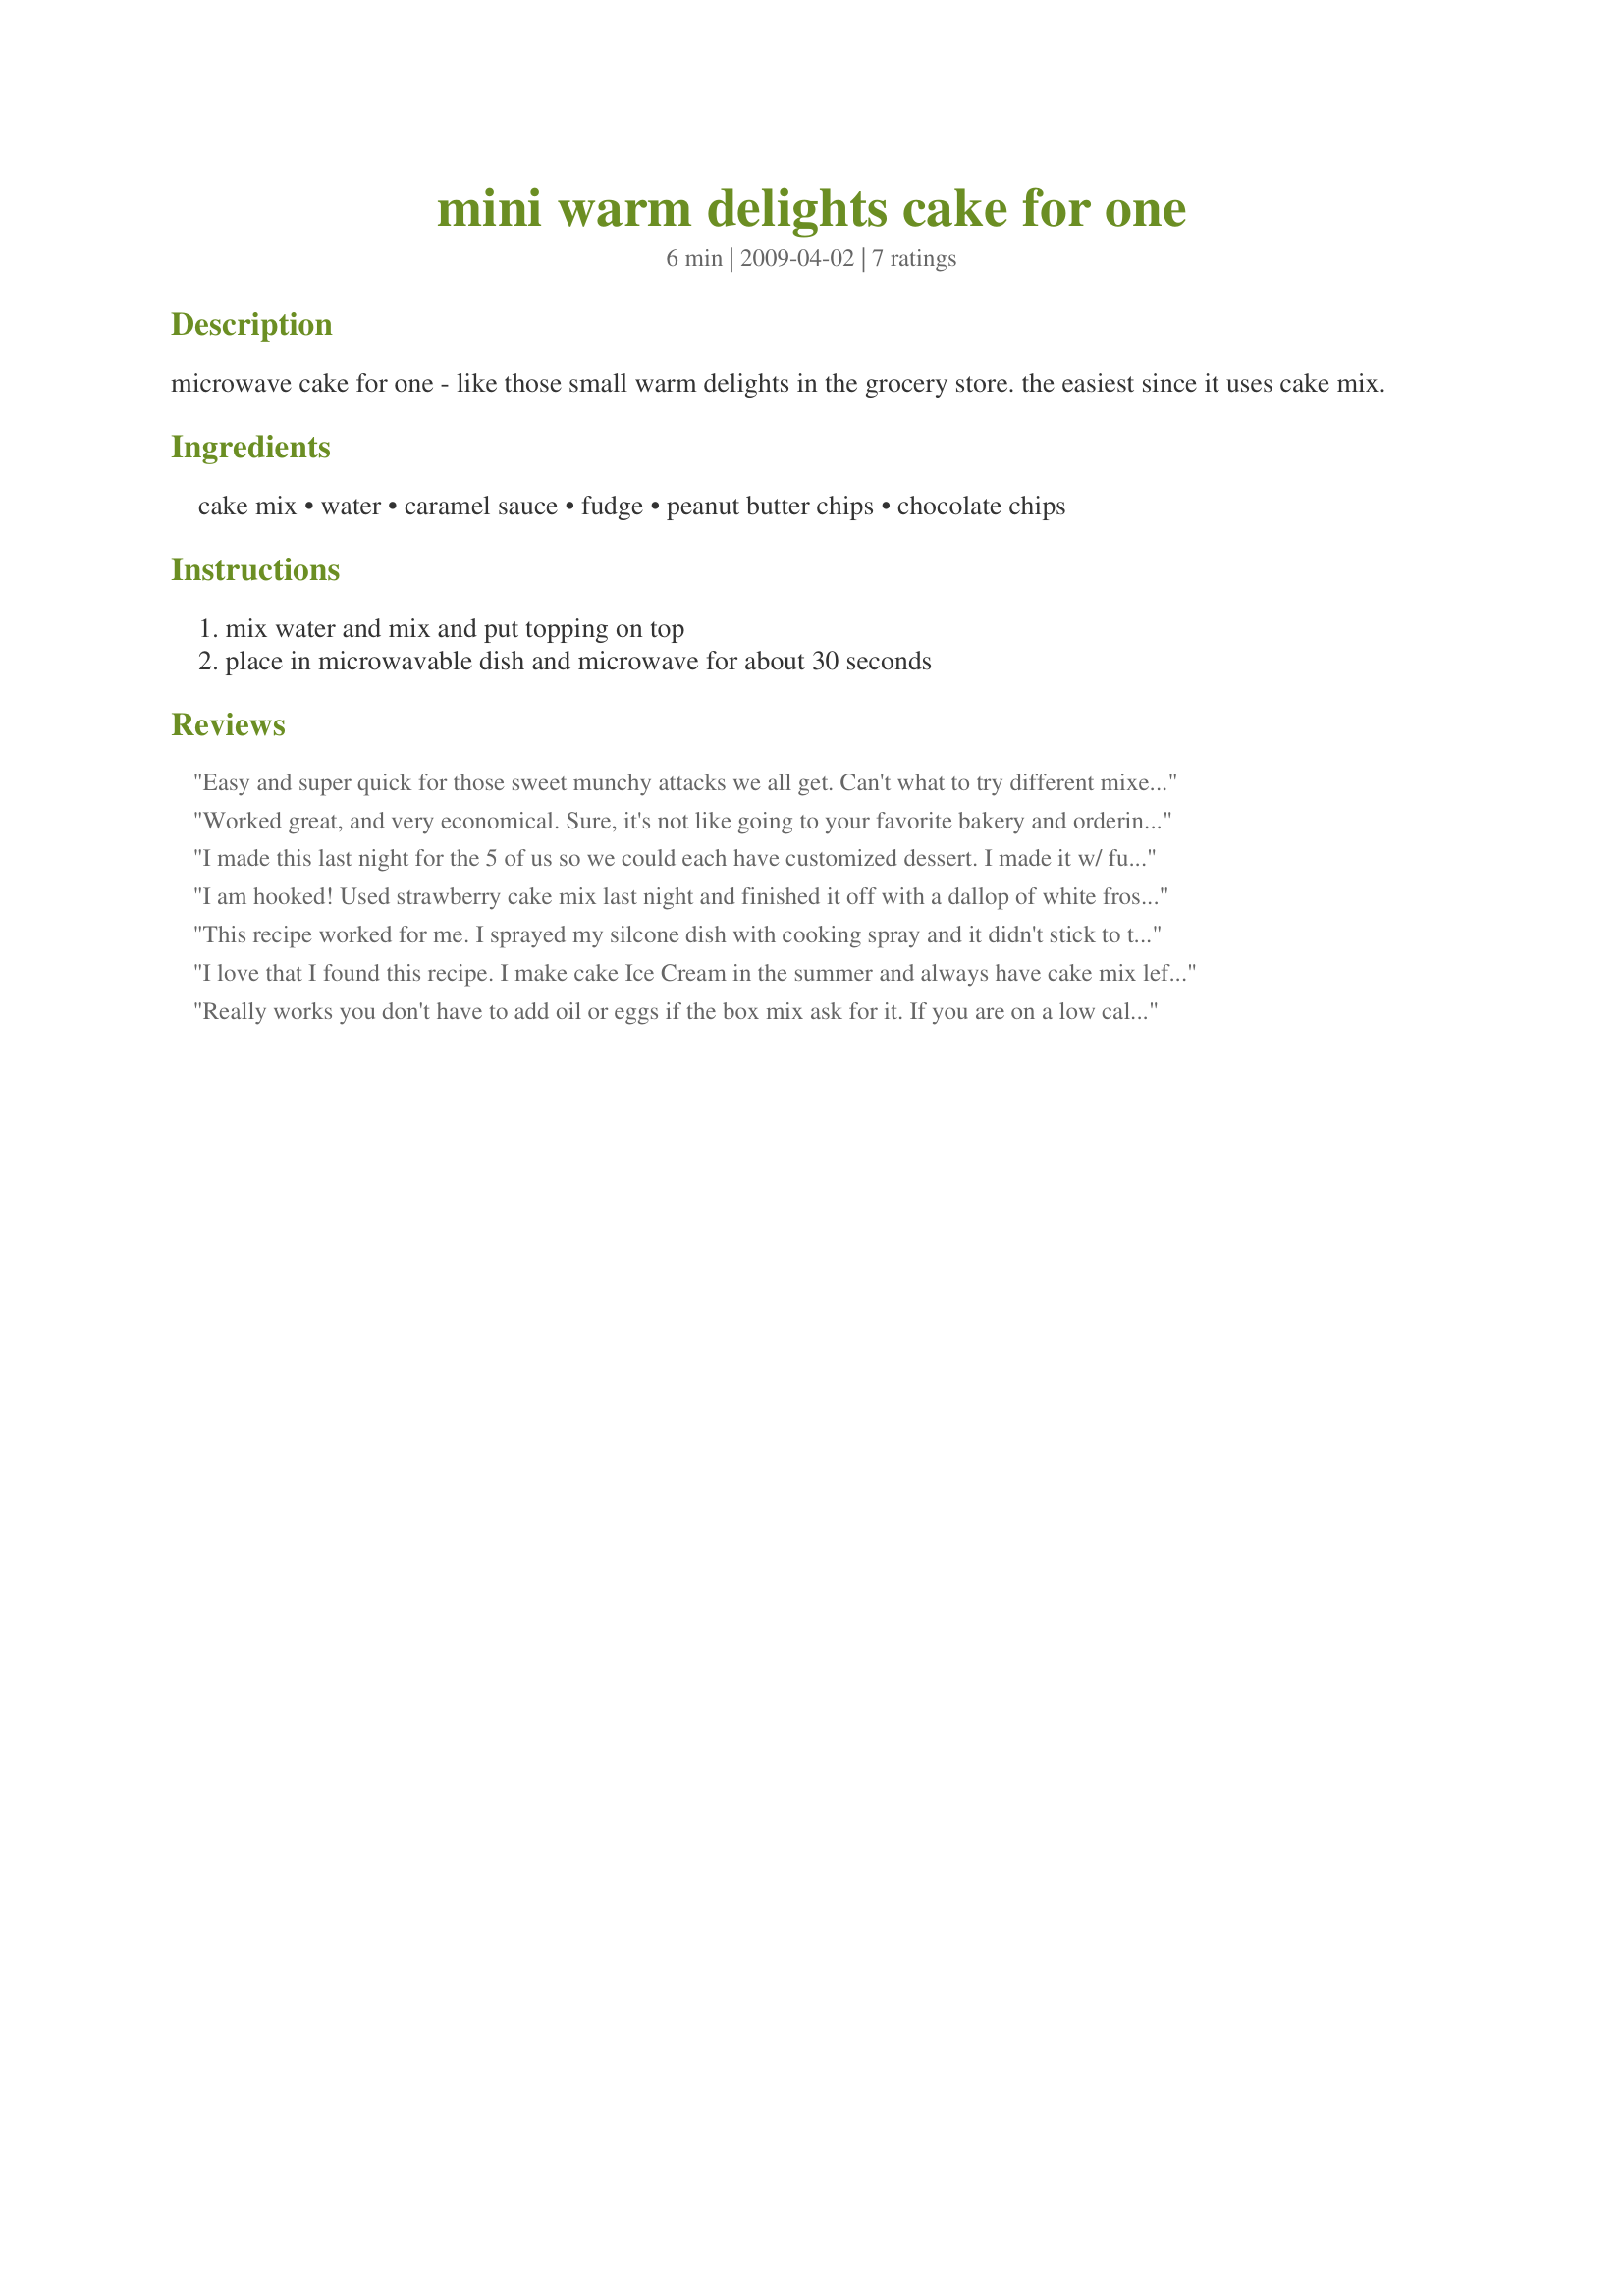
mini warm delights cake for one
Preparation time: 6 minutes

microwave cake for one - like those small warm delights in the grocery store. the easiest since it uses cake mix.

Ingredients:
cake mix, water, caramel sauce, fudge, peanut butter chips, chocolate chips

Steps:
mix water and mix and put topping on top, place in microwavable dish and microwave for about 30 seconds

Reviews:
Easy and super quick for those sweet munchy attacks we all get. Can't what to try different mixes and toppings. Thks!
Worked great, and very economical. Sure, it's not like going to your favorite bakery and ordering up a slice of cake, but it gets 5 stars from me for economy, especially!
I made this last night for the 5 of us so we could each have customized dessert. I made it w/ funfetti cake and dark chocolate cake. When they were all done I topped them w/ homemade ice cream. My favorite combo was chocolate cake w/ chocolate mint ice cream topping cooked in and then chocolate cake mix ice cream. This was exactly what I was looking for!
I am hooked! Used strawberry cake mix last night and finished it off with a dallop of white frosting!
This recipe worked for me. I sprayed my silcone dish with cooking spray and it didn't stick to the sides. I used mini chocolate chips.
I love that I found this recipe. I make cake Ice Cream in the summer and always have cake mix left. This uses it up in the winter.
Really works you don't have to add oil or eggs if the box mix ask for it. If you are on a low calorie diet, it is fantastic. It satisfies the sweet tooth for a cheaper price instead of spending $3 on smartone desserts.
